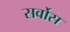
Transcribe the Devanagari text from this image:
सर्वोस